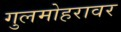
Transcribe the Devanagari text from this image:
गुलमोहरावर